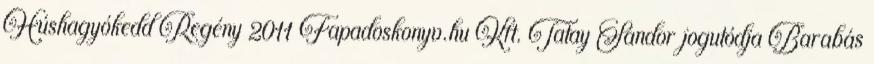
Húshagyókedd Regény 2011 Fapadoskonyv.hu Kft. Tatay Sándor jogutódja Barabás